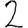
Digit: 2